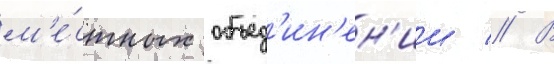
м'е́стных объед'ин'ен'ии // В